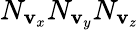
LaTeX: N_{\mathbf{v}_{x}}N_{\mathbf{v}_{y}}N_{\mathbf{v}_{z}}